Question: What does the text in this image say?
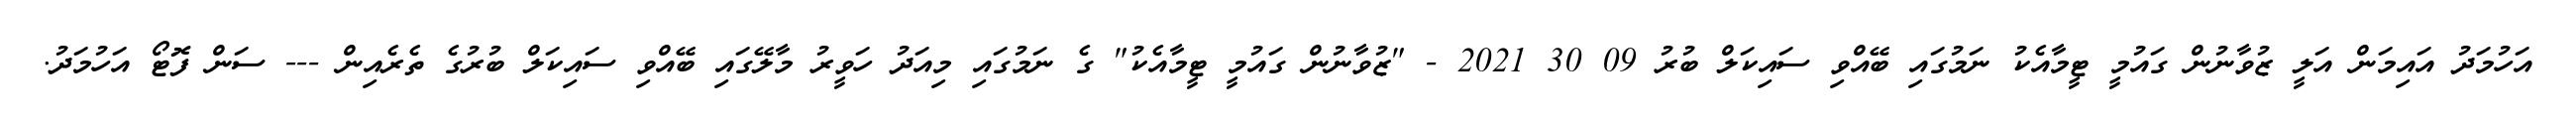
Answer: އަހުމަދު އައިމަން އަލީ ޒުވާނުން ގައުމީ ޓީމާއެކު ނަމުގައި ބޭއްވި ސައިކަލް ބުރު 09 30 2021 - "ޒުވާނުން ގައުމީ ޓީމާއެކު" ގެ ނަމުގައި މިއަދު ހަވީރު މާލޭގައި ބޭއްވި ސައިކަލް ބުރުގެ ތެރެއިން --- ސަން ފޮޓޯ އަހުމަދު.